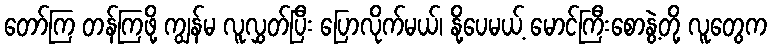
တော်ကြ တန်ကြဖို့ ကျွန်မ လူလွှတ်ပြီး ပြောလိုက်မယ်၊ နို့ပေမယ့် မောင်ကြီးစောနွဲ့တို့ လူတွေက